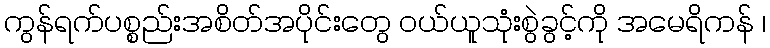
ကွန်ရက်ပစ္စည်းအစိတ်အပိုင်းတွေ ဝယ်ယူသုံးစွဲခွင့်ကို အမေရိကန် ၊